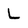
Character: L